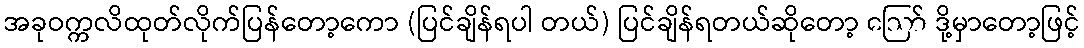
အခုဝက္ကလိထုတ်လိုက်ပြန်တော့ကော (ပြင်ချိန်ရပါ တယ်) ပြင်ချိန်ရတယ်ဆိုတော့ ဪ ဒို့မှာတော့ဖြင့်